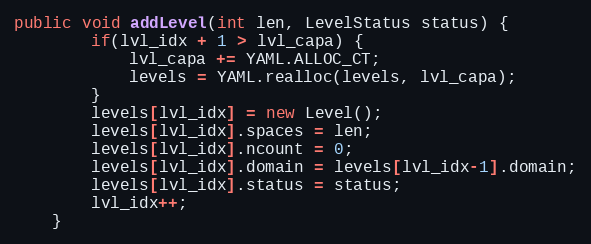
Language: Java
public void addLevel(int len, LevelStatus status) {
        if(lvl_idx + 1 > lvl_capa) {
            lvl_capa += YAML.ALLOC_CT;
            levels = YAML.realloc(levels, lvl_capa);
        }
        levels[lvl_idx] = new Level();
        levels[lvl_idx].spaces = len;
        levels[lvl_idx].ncount = 0;
        levels[lvl_idx].domain = levels[lvl_idx-1].domain;
        levels[lvl_idx].status = status;
        lvl_idx++;
    }